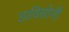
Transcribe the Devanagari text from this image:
डाविसोनी